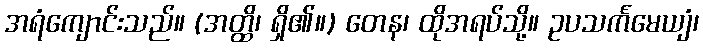
အရံကျောင်းသည်။ (အတ္ထိ၊ ရှိ၏။) တေန၊ ထိုအရပ်သို့။ ဥပသင်္ကမေယျံ၊